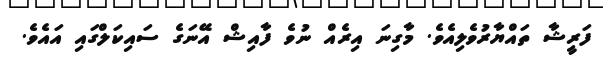
ފަރީޝާ ތައްޔާރުވެލިއެވެ. މާގިނަ އިރެއް ނުވެ ފާއިޝް އޭނަގެ ސައިކަލްގައި އައެވެ.